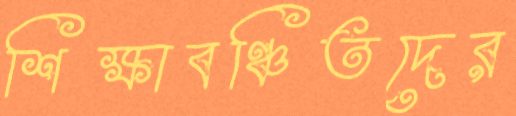
শিক্ষাবঞ্চিতদের